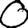
Digit: 0